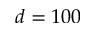
d = 1 0 0